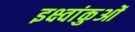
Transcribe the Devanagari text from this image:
इक्ष्वांकुओं